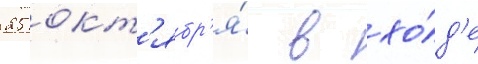
25 окт'ябр'я́ в хо́д'е